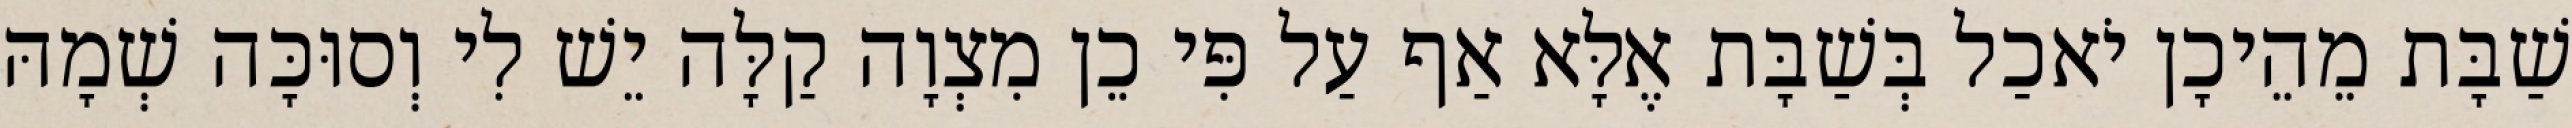
שַׁבָּת מֵהֵיכָן יֹאכַל בְּשַׁבָּת אֶלָּא אַף עַל פִּי כֵן מִצְוָה קַלָּה יֵשׁ לִי וְסוּכָּה שְׁמָהּ